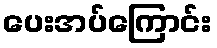
ပေးအပ်ကြောင်း